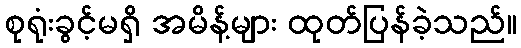
စုရုံးခွင့်မရှိ အမိန့်များ ထုတ်ပြန်ခဲ့သည်။